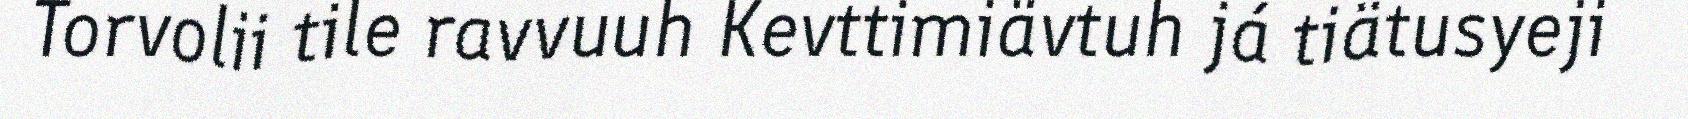
Torvolii tile ravvuuh Kevttimiävtuh já tiätusyeji